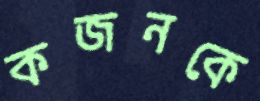
কজনকে